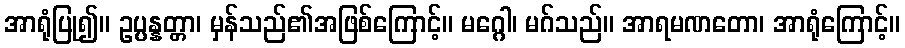
အာရုံပြု၍။ ဥပ္ပန္နတ္တာ၊ မှန်သည်၏အဖြစ်ကြောင့်။ မဂ္ဂေါ၊ မဂ်သည်။ အာရမဏတော၊ အာရုံကြောင့်။